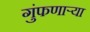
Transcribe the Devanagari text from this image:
गुंफणार्‍या